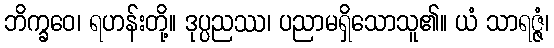
ဘိက္ခဝေ၊ ရဟန်းတို့။ ဒုပ္ပညဿ၊ ပညာမရှိသောသူ၏။ ယံ သာရဇ္ဇံ၊